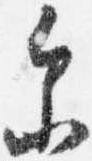
参